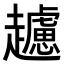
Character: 𧾧